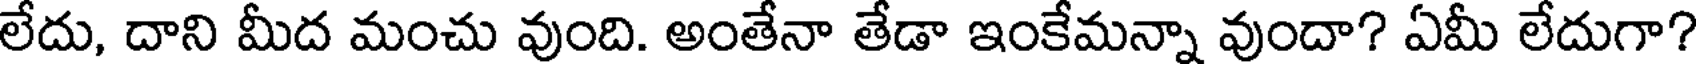
లేదు, దాని మీద మంచు వుంది. అంతేనా తేడా ఇంకేమన్నా వుందా? ఏమీ లేదుగా?